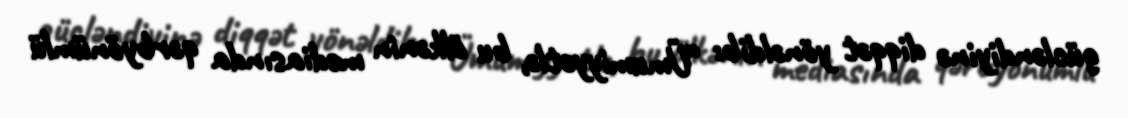
gücləndiyinə diqqət yönəldib: “Ümumiyyətlə, bu ölkənin mediasında qərbyönümlü